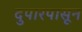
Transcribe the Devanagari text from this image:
दुपारपासून